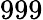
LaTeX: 999